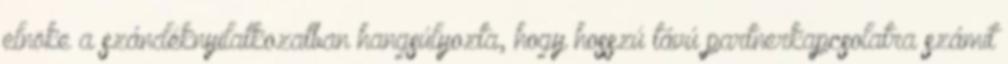
elnöke a szándéknyilatkozatban hangsúlyozta, hogy hosszú távú partnerkapcsolatra számít